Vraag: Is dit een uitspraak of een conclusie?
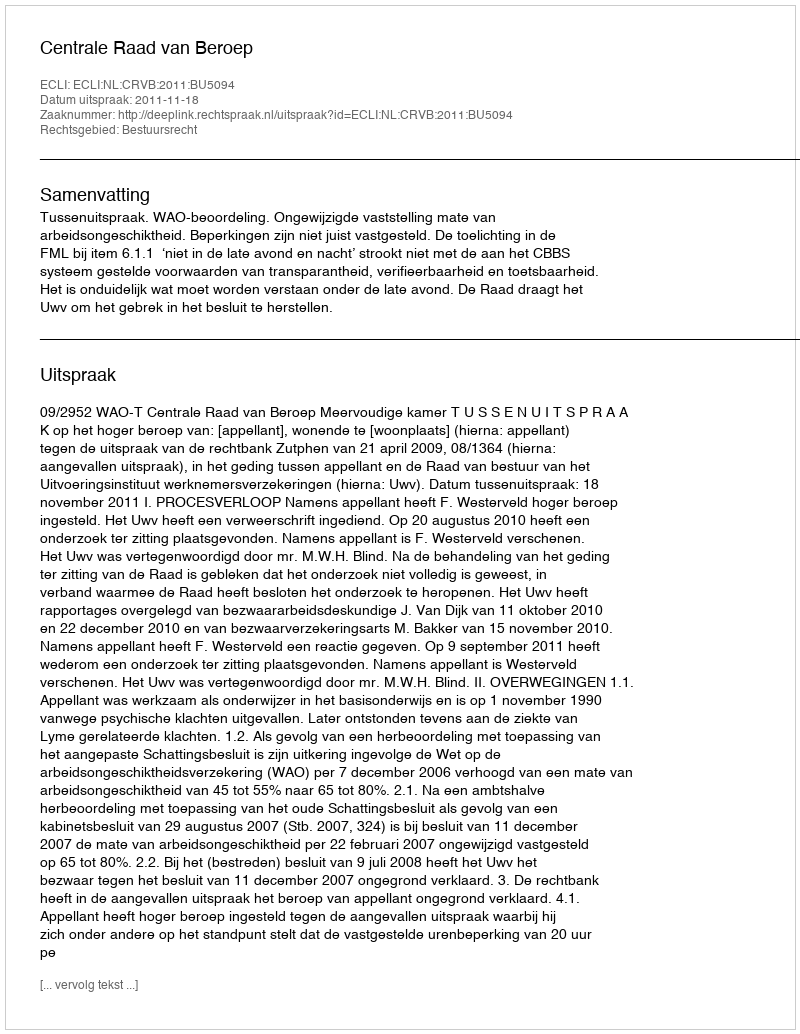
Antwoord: Uitspraak